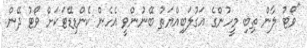
"ވޯޓު ލާން ތިބި މީހުންގެ އަގުލަބިއްޔަތު ބޭނުންވީ އެހެން ކެންޑިޑޭޓަކަށް ވޯޓު ދޭން.